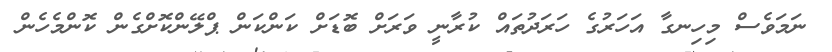
ނަމަވެސް މިހިނގާ އަހަރުގެ ހަރަދުތައް ކުރާނީ ވަރަށް ބޮޑަށް ކަންކަން ޕްލޭންކޮށްގެން ކޮންމެހެން